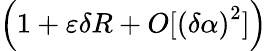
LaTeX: \left(1+\varepsilon\delta R+O[\left(\delta\alpha\right)^{2}]\right)